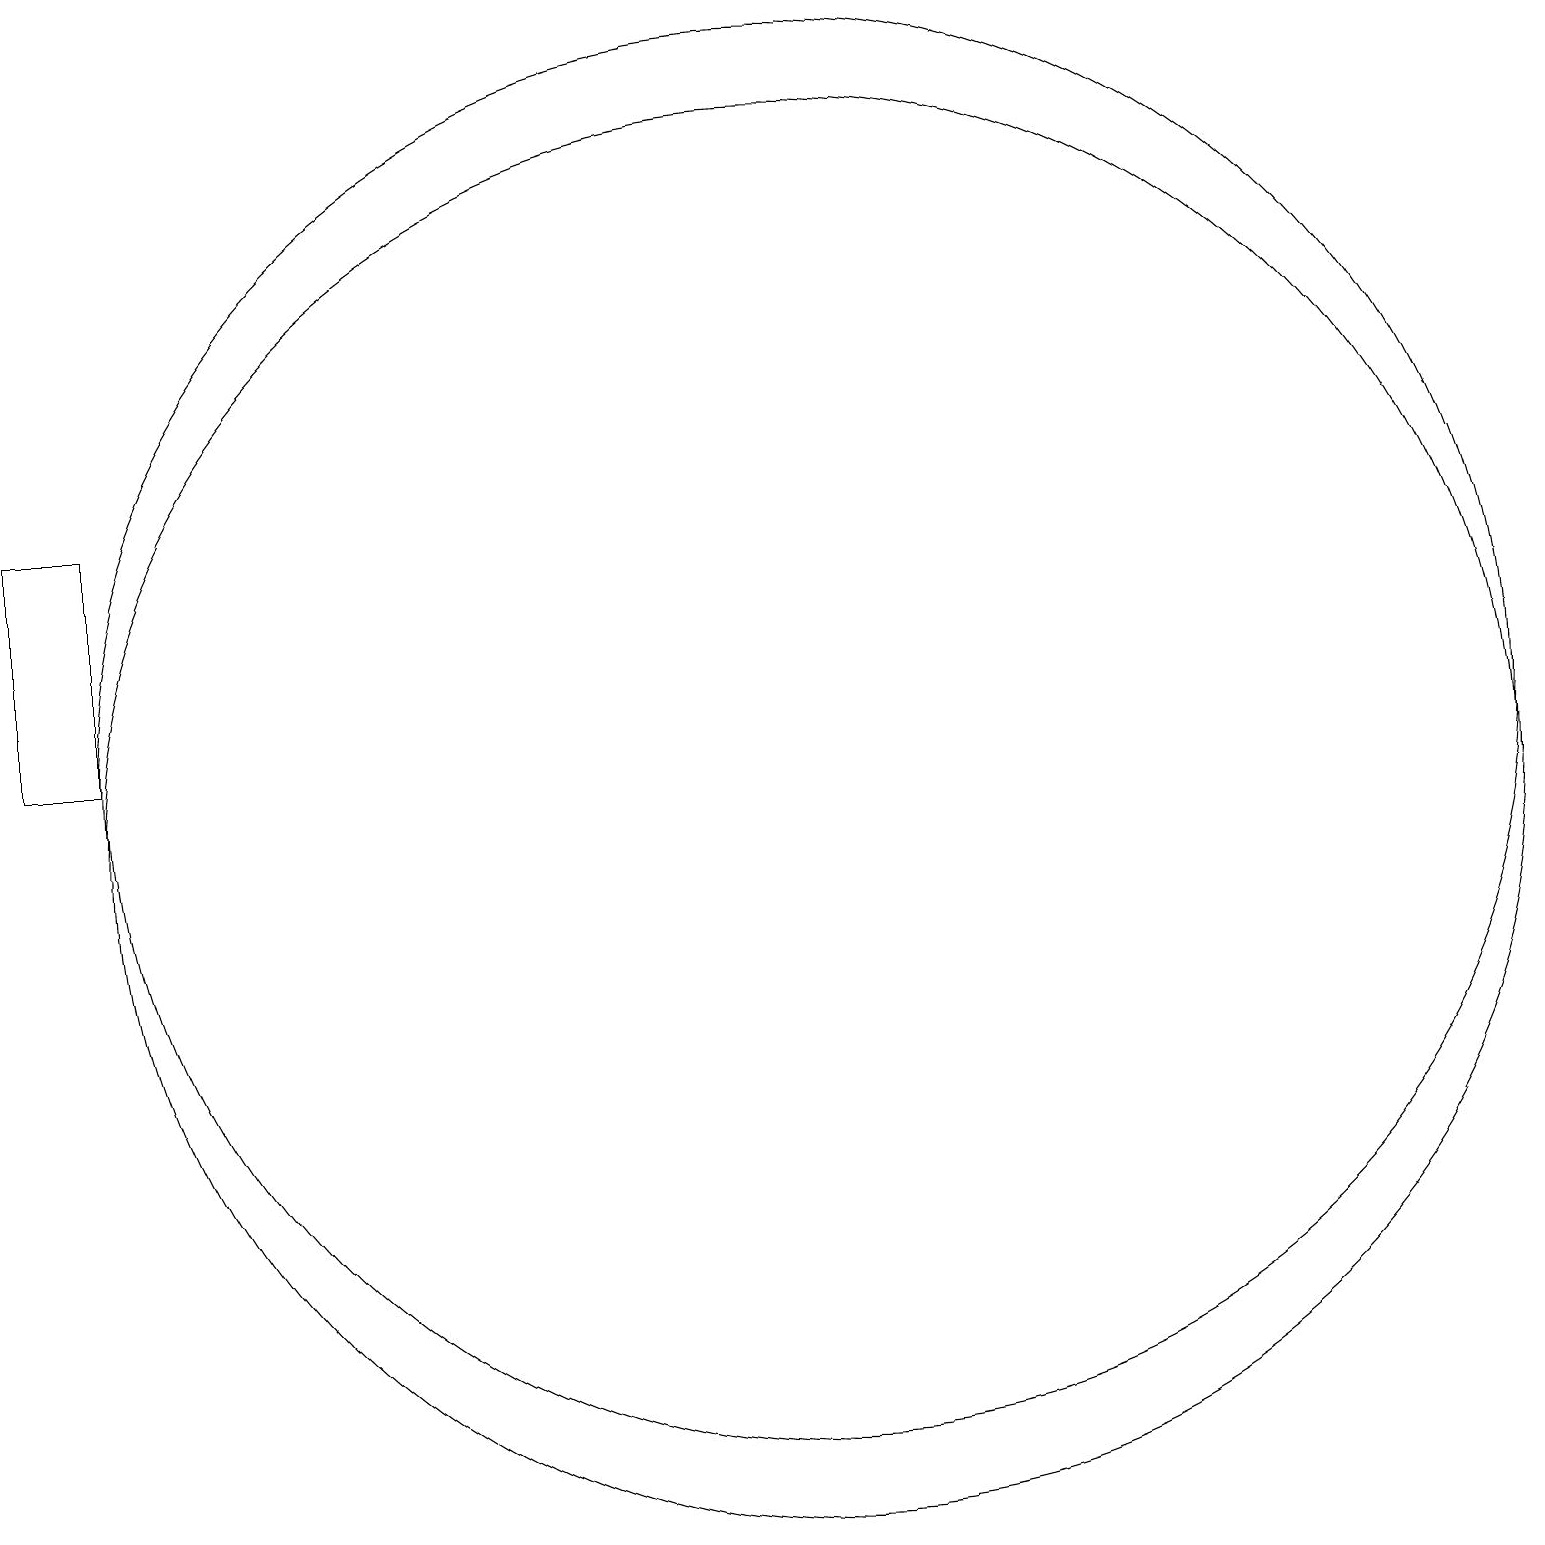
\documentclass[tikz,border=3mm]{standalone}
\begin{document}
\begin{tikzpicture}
\draw (10,11) circle (9);
\draw (10,10) circle (9);
\draw (1,11) rectangle (0,14);
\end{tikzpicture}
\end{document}